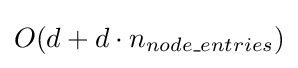
O(d+d\cdot n_{node\_entries})